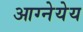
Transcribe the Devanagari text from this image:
आग्नेयेय